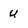
Character: u